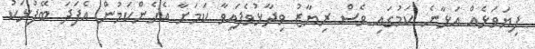
ފިޔަވަޅެއް އަޅާނެ ކަމުގައި ވެސް ރިޔާޒު ވިދާޅުވެފައިވާ ކަމަށާ އެހެންކަމުން އެފަދަ ބޭފުޅަކު